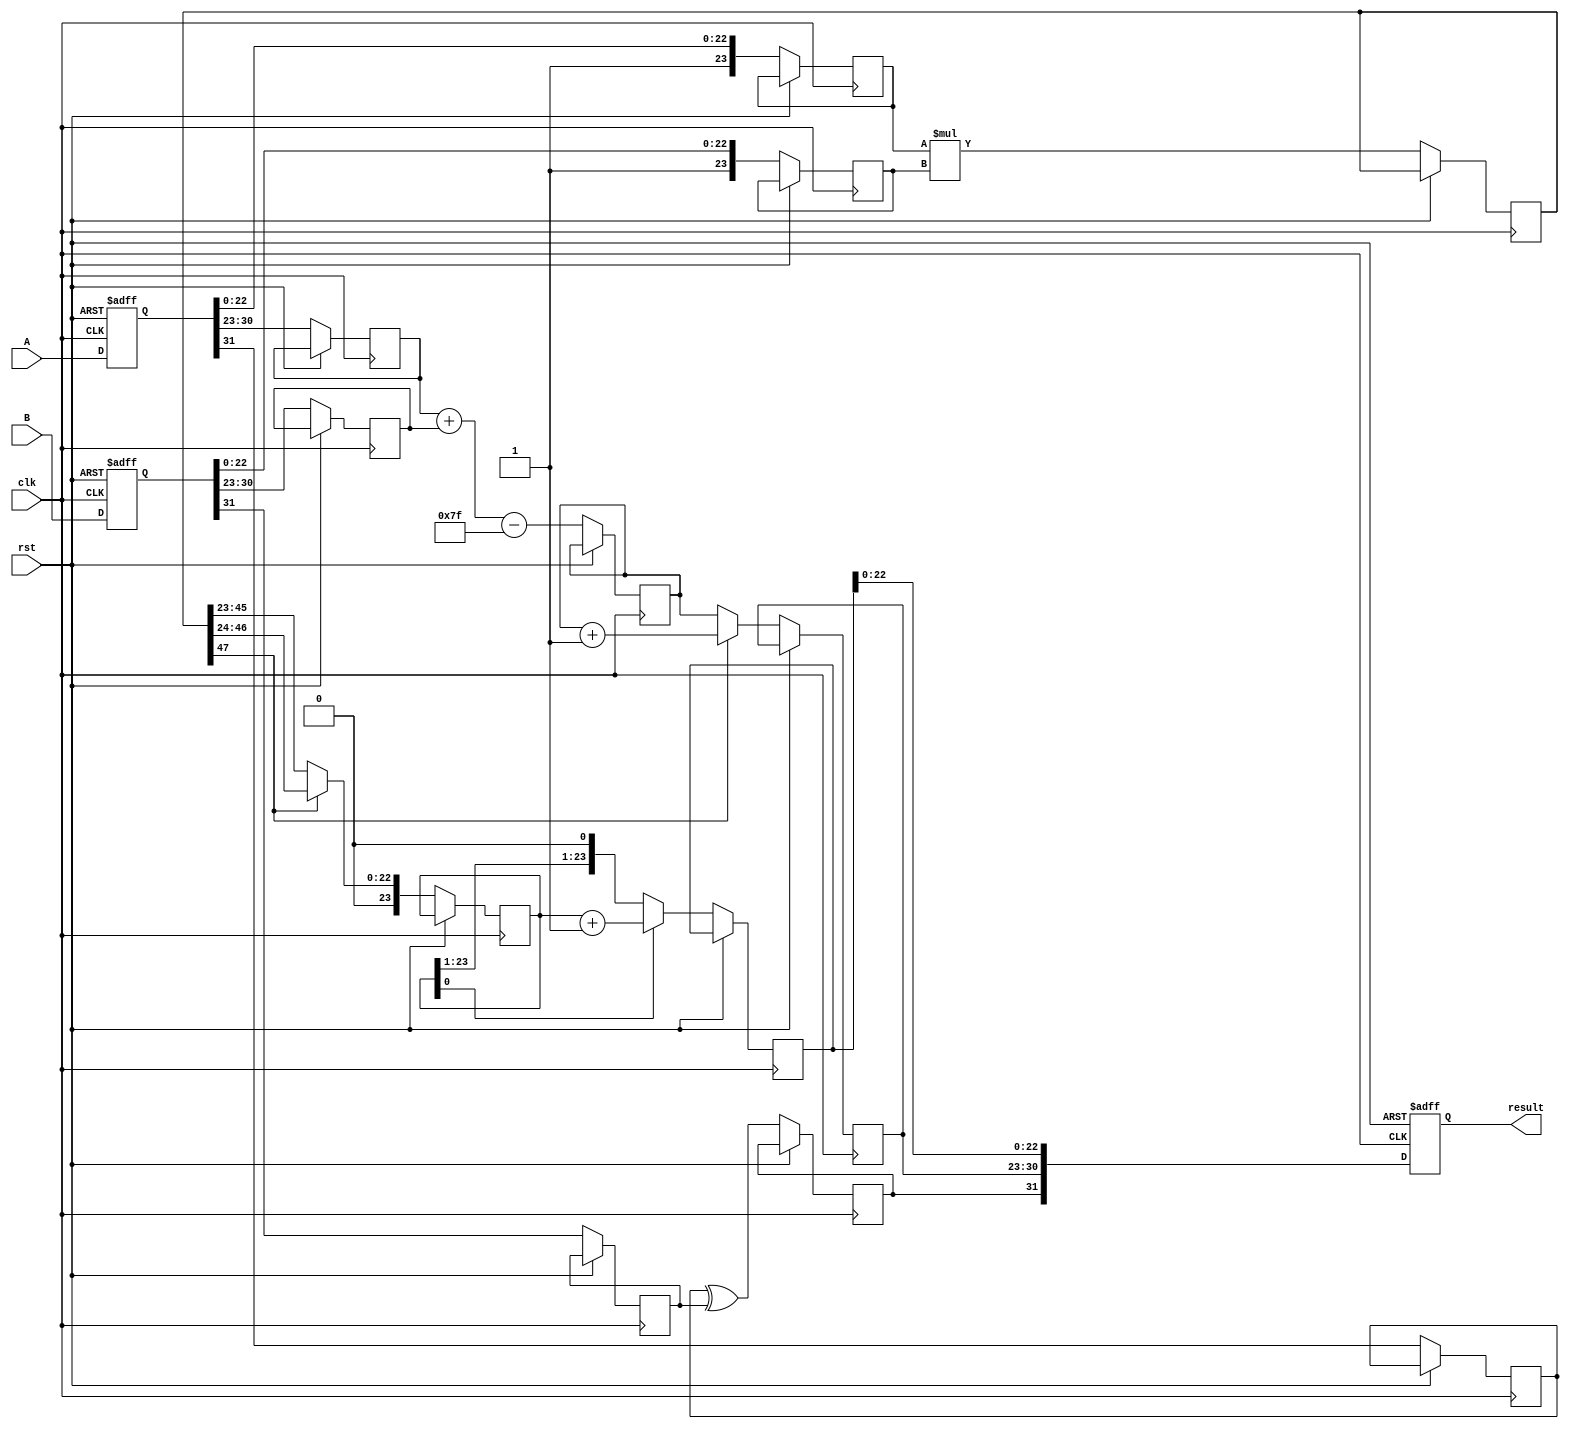
module pipelined_fp_multiplier (
    input wire clk,
    input wire rst,
    input wire [31:0] A, // First floating-point number
    input wire [31:0] B, // Second floating-point number
    output reg [31:0] result // Result of multiplication
);

// Stage 1: Input Preparation
reg [31:0] A_reg, B_reg;
reg [23:0] mantissa_A, mantissa_B;
reg [7:0] exponent_A, exponent_B;
reg sign_A, sign_B;

// Stage 2: Sign and Exponent Calculation
reg sign_result;
reg [7:0] exponent_result;

// Stage 3: Mantissa Multiplication
reg [47:0] mantissa_product; // 24 bits * 24 bits = 48 bits
reg [23:0] mantissa_out;

// Stage 4: Normalization
reg [7:0] normalized_exponent;
reg [23:0] normalized_mantissa;

// Stage 5: Rounding
reg [23:0] rounded_mantissa;

// Stage 6: Output Preparation
always @(posedge clk or posedge rst) begin
    if (rst) begin
        A_reg <= 0;
        B_reg <= 0;
        result <= 0;
    end else begin
        // Stage 1: Input Preparation
        A_reg <= A;
        B_reg <= B;

        // Extract sign, exponent, and mantissa
        sign_A <= A_reg[31];
        exponent_A <= A_reg[30:23];
        mantissa_A <= {1'b1, A_reg[22:0]}; // Implicit leading 1

        sign_B <= B_reg[31];
        exponent_B <= B_reg[30:23];
        mantissa_B <= {1'b1, B_reg[22:0]}; // Implicit leading 1

        // Stage 2: Sign and Exponent Calculation
        sign_result <= sign_A ^ sign_B;
        exponent_result <= exponent_A + exponent_B - 8'd127; // Subtract bias

        // Stage 3: Mantissa Multiplication
        mantissa_product <= mantissa_A * mantissa_B;

        // Stage 4: Normalization
        if (mantissa_product[47]) begin
            normalized_mantissa <= mantissa_product[46:24]; // Shift right
            normalized_exponent <= exponent_result + 1; // Increment exponent
        end else begin
            normalized_mantissa <= mantissa_product[45:23];
            normalized_exponent <= exponent_result;
        end

        // Stage 5: Rounding
        // Simple rounding logic (to nearest even)
        if (normalized_mantissa[0]) begin
            rounded_mantissa <= normalized_mantissa + 1; // Round up if LSB is 1
        end else begin
            rounded_mantissa <= normalized_mantissa;
        end

        // Stage 6: Output Preparation
        result <= {sign_result, normalized_exponent, rounded_mantissa[22:0]};
    end
end

endmodule